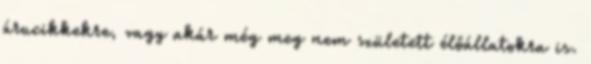
árucikkekre, vagy akár még meg nem született élőállatokra is.